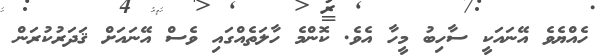
ހެއްޔެވެ އޭނައަކީ ސާހިބު މީހާ އެވެ. ކޮންމެ ހާލަތެއްގައި ވެސް އޭނައަށް ޤަދަރުކުރަން